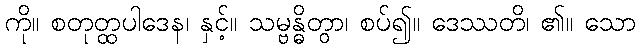
ကို။ စတုတ္ထပါဒေန၊ နှင့်။ သမ္ဗန္ဓိတွာ၊ စပ်၍။ ဒေဿတိ၊ ၏။ သော